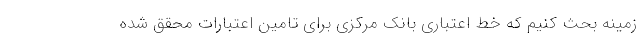
زمینه بحث کنیم که خط اعتباری بانک مرکزی برای تامین اعتبارات محقق شده